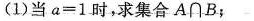
(1)当$$a = 1$$时，求集合A\cap B；